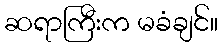
ဆရာကြီးက မခံချင်။